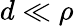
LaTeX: d\ll\rho